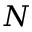
N